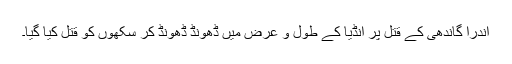
اندرا گاندھی کے قتل پر انڈیا کے طول و عرض میں ڈھونڈ ڈھونڈ کر سکھوں کو قتل کیا گیا۔